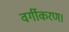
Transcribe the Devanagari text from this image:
वर्गीकरण।